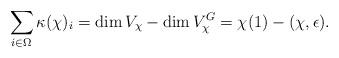
LaTeX: \begin{align*}\sum_{i\in\Omega}\kappa(\chi)_i=\dim V_\chi-\dim V^G_\chi=\chi(1)-(\chi,\epsilon).\end{align*}